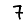
Digit: 7